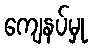
ကျေနပ်မှု